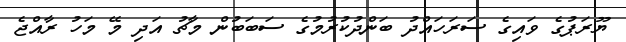
ޔޫރަޕުގެ ވައިގެ ސަރަހައްދު ބަންދުކުރުމުގެ ސަބަބުން މާޗު އަދި މޭ މަހު ރާއްޖެ